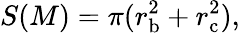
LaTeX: S(M)=\pi(r_{\mathrm{b}}^{2}+r_{\mathrm{c}}^{2}),